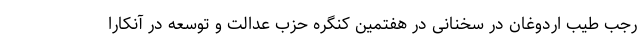
رجب طیب اردوغان در سخنانی در هفتمین کنگره حزب عدالت و توسعه در آنکارا